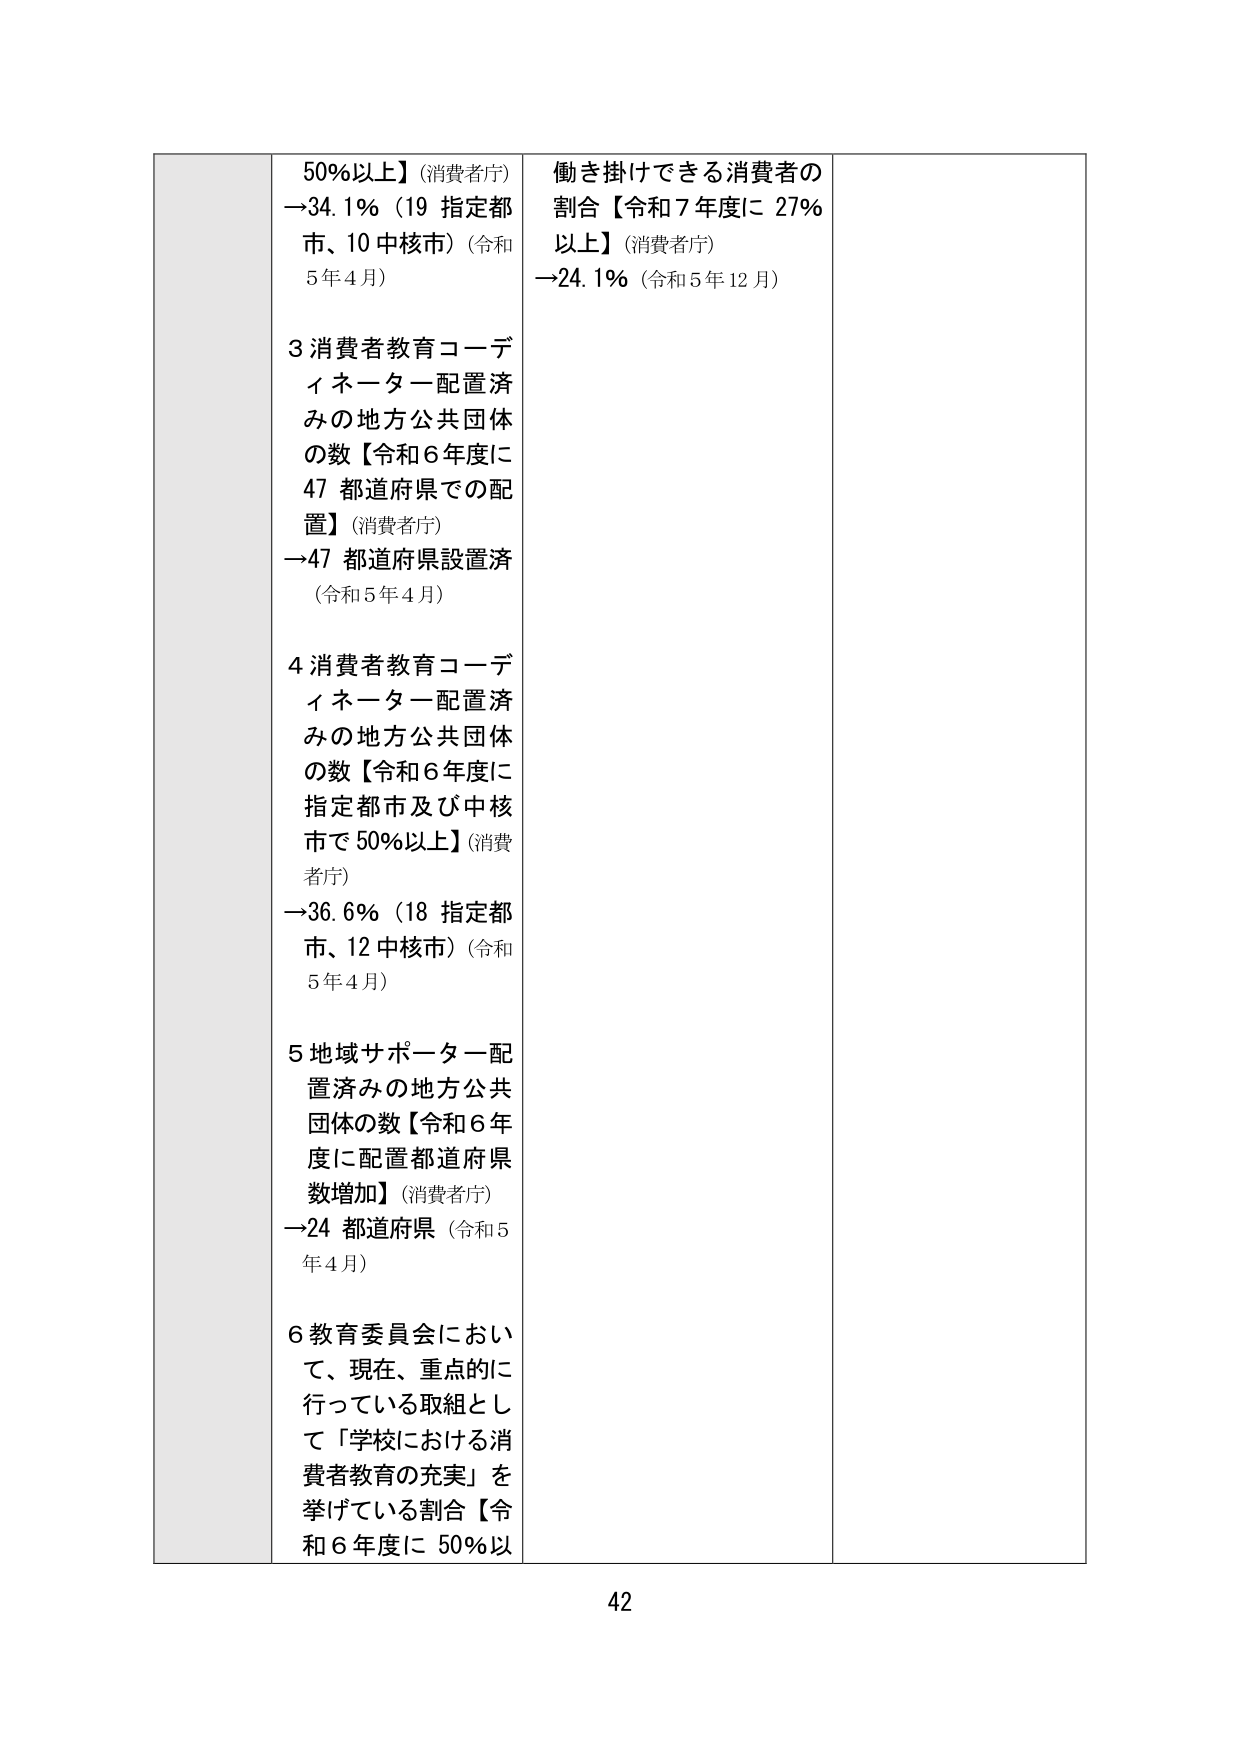
50%以上】（消費者庁）
→34.1%（19 指定都市、10 中核市）（令和5年4月）

3 消費者教育コーディネーター配置済みの地方公共団体の数【令和6年度に47 都道府県での配置】（消費者庁）
→47 都道府県設置済（令和5年4月）

4 消費者教育コーディネーター配置済みの地方公共団体の数【令和6年度に指定都市及び中核市で50%以上】（消費者庁）
→36.6%（18 指定都市、12 中核市）（令和5年4月）

5 地域サポーター配置済みの地方公共団体の数【令和6年度に配置都道府県数増加】（消費者庁）
→24 都道府県（令和5年4月）

6 教育委員会において、現在、重点的に行っている取組として「学校における消費者教育の充実」を挙げている割合【令和6年度に50%以

働き掛けできる消費者の割合【令和7年度に27%以上】（消費者庁）
→24.1%（令和5年12月）

42